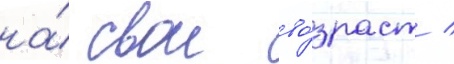
на́ свои во́зраст /